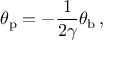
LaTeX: \theta _ { \mathrm { p } } = - { \frac { 1 } { 2 \gamma } } \theta _ { \mathrm { b } } \, ,